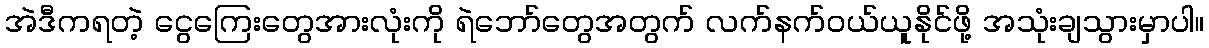
အဲဒီကရတဲ့ ငွေကြေးတွေအားလုံးကို ရဲဘော်တွေအတွက် လက်နက်ဝယ်ယူနိုင်ဖို့ အသုံးချသွားမှာပါ။